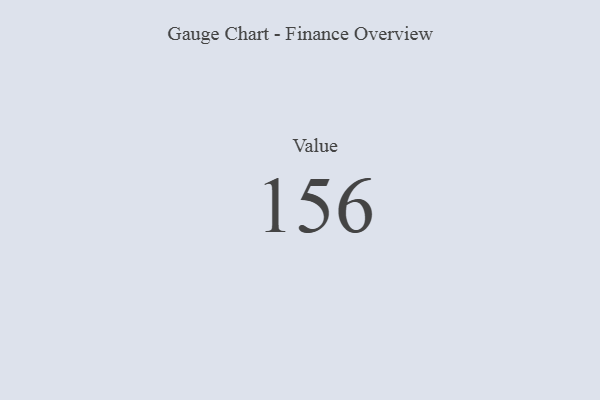
{"axis": {"x": "Metric", "y": "Value"}, "legend": [""], "data": [{"x": "Value", "y": 156, "type": ""}]}